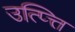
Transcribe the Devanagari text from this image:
उत्प्त्ति